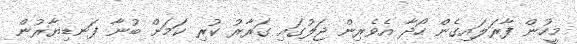
މީހުން ފާރަލައިގެން ހޯދާ އެވެރިން ޖަލުގައި ގަރާރު ކުރި ކަމަށް ބުނާ ފަނޑިޔާރުން